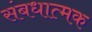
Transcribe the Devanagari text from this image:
संबधात्मक